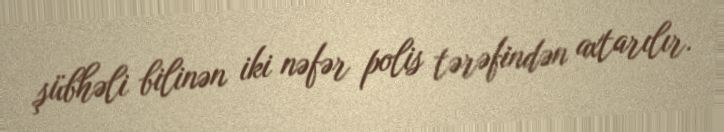
şübhəli bilinən iki nəfər polis tərəfindən axtarılır.